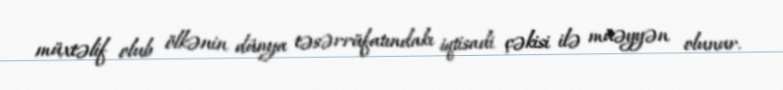
müxtəlif olub ölkənin dünya təsərrüfatındakı iqtisadi çəkisi ilə müəyyən olunur.